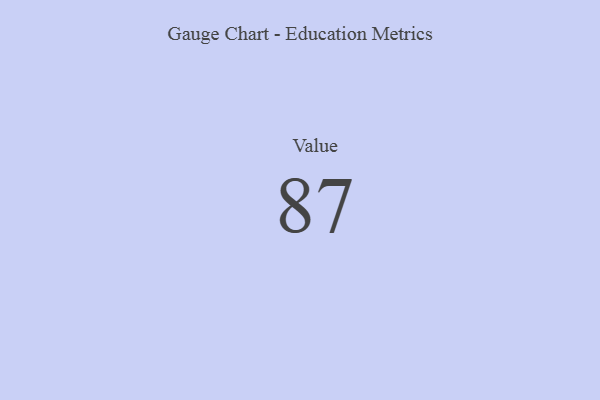
{"axis": {"x": "Metric", "y": "Value"}, "legend": [""], "data": [{"x": "Value", "y": 87, "type": ""}]}